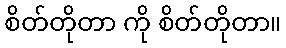
စိတ်တိုတာ ကို စိတ်တိုတာ။